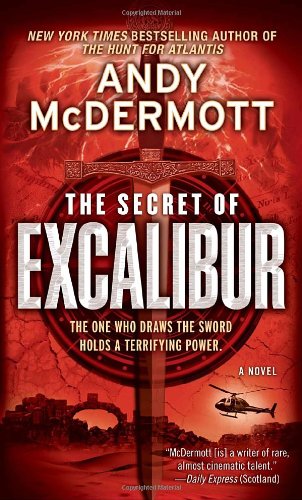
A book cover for The Secret of Excalibur; Andy McDermott; Literature & Fiction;